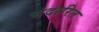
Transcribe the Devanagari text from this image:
भंदारित